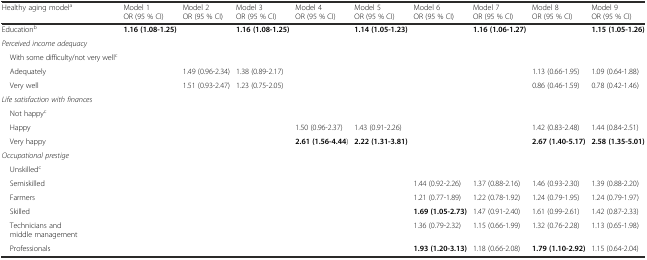
<table><thead><tr><td><b>Healthy aging model<sup>a</sup></b></td><td><b>Model 1 OR (95 % CI)</b></td><td><b>Model 2 OR (95 % CI)</b></td><td><b>Model 3 OR (95 % CI)</b></td><td><b>Model 4 OR (95 % CI)</b></td><td><b>Model 5 OR (95 % CI)</b></td><td><b>Model 6 OR (95 % CI)</b></td><td><b>Model 7 OR (95 % CI)</b></td><td><b>Model 8 OR (95 % CI)</b></td><td><b>Model 9 OR (95 % CI)</b></td></tr></thead><tbody><tr><td>Education<sup>b</sup></td><td><b>1.16 (1.08-1.25)</b></td><td></td><td><b>1.16 (1.08-1.25)</b></td><td></td><td><b>1.14 (1.05-1.23)</b></td><td></td><td><b>1.16 (1.06-1.27)</b></td><td></td><td><b>1.15 (1.05-1.26)</b></td></tr><tr><td colspan="10"><i>Perceived income adequacy</i></td></tr><tr><td> With some difficulty/not very well<sup>c</sup></td><td></td><td></td><td></td><td></td><td></td><td></td><td></td><td></td><td></td></tr><tr><td> Adequately</td><td></td><td>1.49 (0.96-2.34)</td><td>1.38 (0.89-2.17)</td><td></td><td></td><td></td><td></td><td>1.13 (0.66-1.95)</td><td>1.09 (0.64-1.88)</td></tr><tr><td> Very well</td><td></td><td>1.51 (0.93-2.47)</td><td>1.23 (0.75-2.05)</td><td></td><td></td><td></td><td></td><td>0.86 (0.46-1.59)</td><td>0.78 (0.42-1.46)</td></tr><tr><td colspan="10"><i>Life satisfaction with finances</i></td></tr><tr><td> Not happy<sup>c</sup></td><td></td><td></td><td></td><td></td><td></td><td></td><td></td><td></td><td></td></tr><tr><td> Happy</td><td></td><td></td><td></td><td>1.50 (0.96-2.37)</td><td>1.43 (0.91-2.26)</td><td></td><td></td><td>1.42 (0.83-2.48)</td><td>1.44 (0.84-2.51)</td></tr><tr><td> Very happy</td><td></td><td></td><td></td><td><b>2.61 (1.56-4.44</b>)</td><td><b>2.22 (1.31-3.81)</b></td><td></td><td></td><td><b>2.67 (1.40-5.17)</b></td><td><b>2.58 (1.35-5.01)</b></td></tr><tr><td colspan="10"><i>Occupational prestige</i></td></tr><tr><td> Unskilled<sup>c</sup></td><td></td><td></td><td></td><td></td><td></td><td></td><td></td><td></td><td></td></tr><tr><td> Semiskilled</td><td></td><td></td><td></td><td></td><td></td><td>1.44 (0.92-2.26)</td><td>1.37 (0.88-2.16)</td><td>1.46 (0.93-2.30)</td><td>1.39 (0.88-2.20)</td></tr><tr><td> Farmers</td><td></td><td></td><td></td><td></td><td></td><td>1.21 (0.77-1.89)</td><td>1.22 (0.78-1.92)</td><td>1.24 (0.79-1.95)</td><td>1.24 (0.79-1.97)</td></tr><tr><td> Skilled</td><td></td><td></td><td></td><td></td><td></td><td><b>1.69 (1.05-2.73)</b></td><td>1.47 (0.91-2.40)</td><td>1.61 (0.99-2.61)</td><td>1.42 (0.87-2.33)</td></tr><tr><td> Technicians andmiddle management</td><td></td><td></td><td></td><td></td><td></td><td>1.36 (0.79-2.32)</td><td>1.15 (0.66-1.99)</td><td>1.32 (0.76-2.28)</td><td>1.13 (0.65-1.98)</td></tr><tr><td> Professionals</td><td></td><td></td><td></td><td></td><td></td><td><b>1.93 (1.20-3.13)</b></td><td>1.18 (0.66-2.08)</td><td><b>1.79 (1.10-2.92)</b></td><td>1.15 (0.64-2.04)</td></tr></tbody></table>